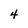
Character: 4